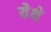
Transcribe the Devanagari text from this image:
येेथे